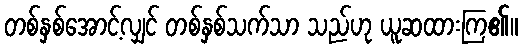
တစ်နှစ်အောင့်လျှင် တစ်နှစ်သက်သာ သည်ဟု ယူဆထားကြ၏။